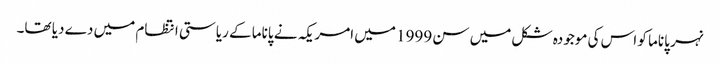
نہر پاناما کو اس کی موجودہ شکل میں سن 1999 میں امریکہ نے پاناما کے ریاستی انتظام میں دے دیا تھا۔